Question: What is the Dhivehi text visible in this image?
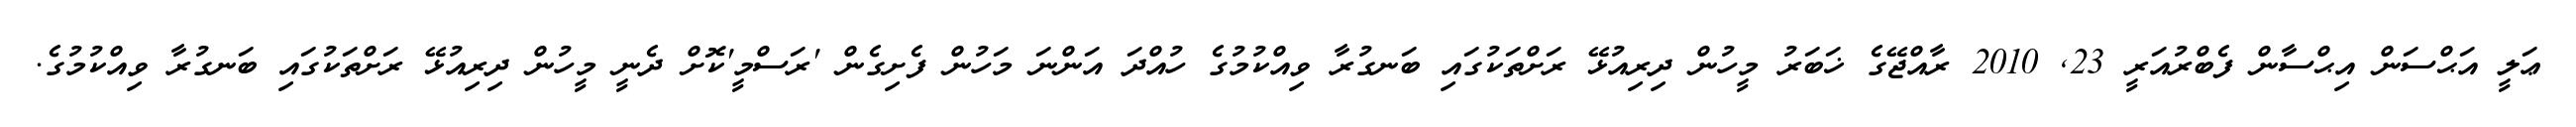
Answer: ޢަލީ އަޙްސަން އިޙްސާން ފެބްރުއަރީ 23, 2010 ރާއްޖޭގެ ޚަބަރު މީހުން ދިރިއުޅޭ ރަށްތަކުގައި ބަނގުރާ ވިއްކުމުގެ ހުއްދަ އަންނަ މަހުން ފެށިގެން 'ރަސްމީ'ކޮށް ދެނީ މީހުން ދިރިއުޅޭ ރަށްތަކުގައި ބަނގުރާ ވިއްކުމުގެ.